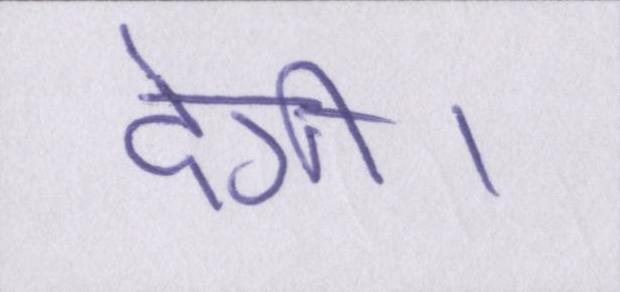
देगी।